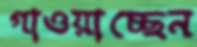
গাওয়াচ্ছেন